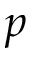
p